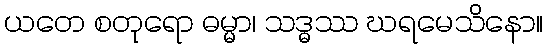
ယတေ စတုရော ဓမ္မာ၊ သဒ္ဓဿ ဃရမေသိနော။